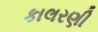
કાલરણી